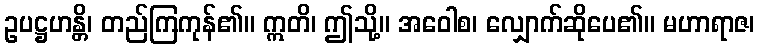
ဥပဋ္ဌဟန္တိ၊ တည်ကြကုန်၏။ ဣတိ၊ ဤသို့။ အဝေါစ၊ လျှောက်ဆိုပေ၏။ မဟာရာဇ၊